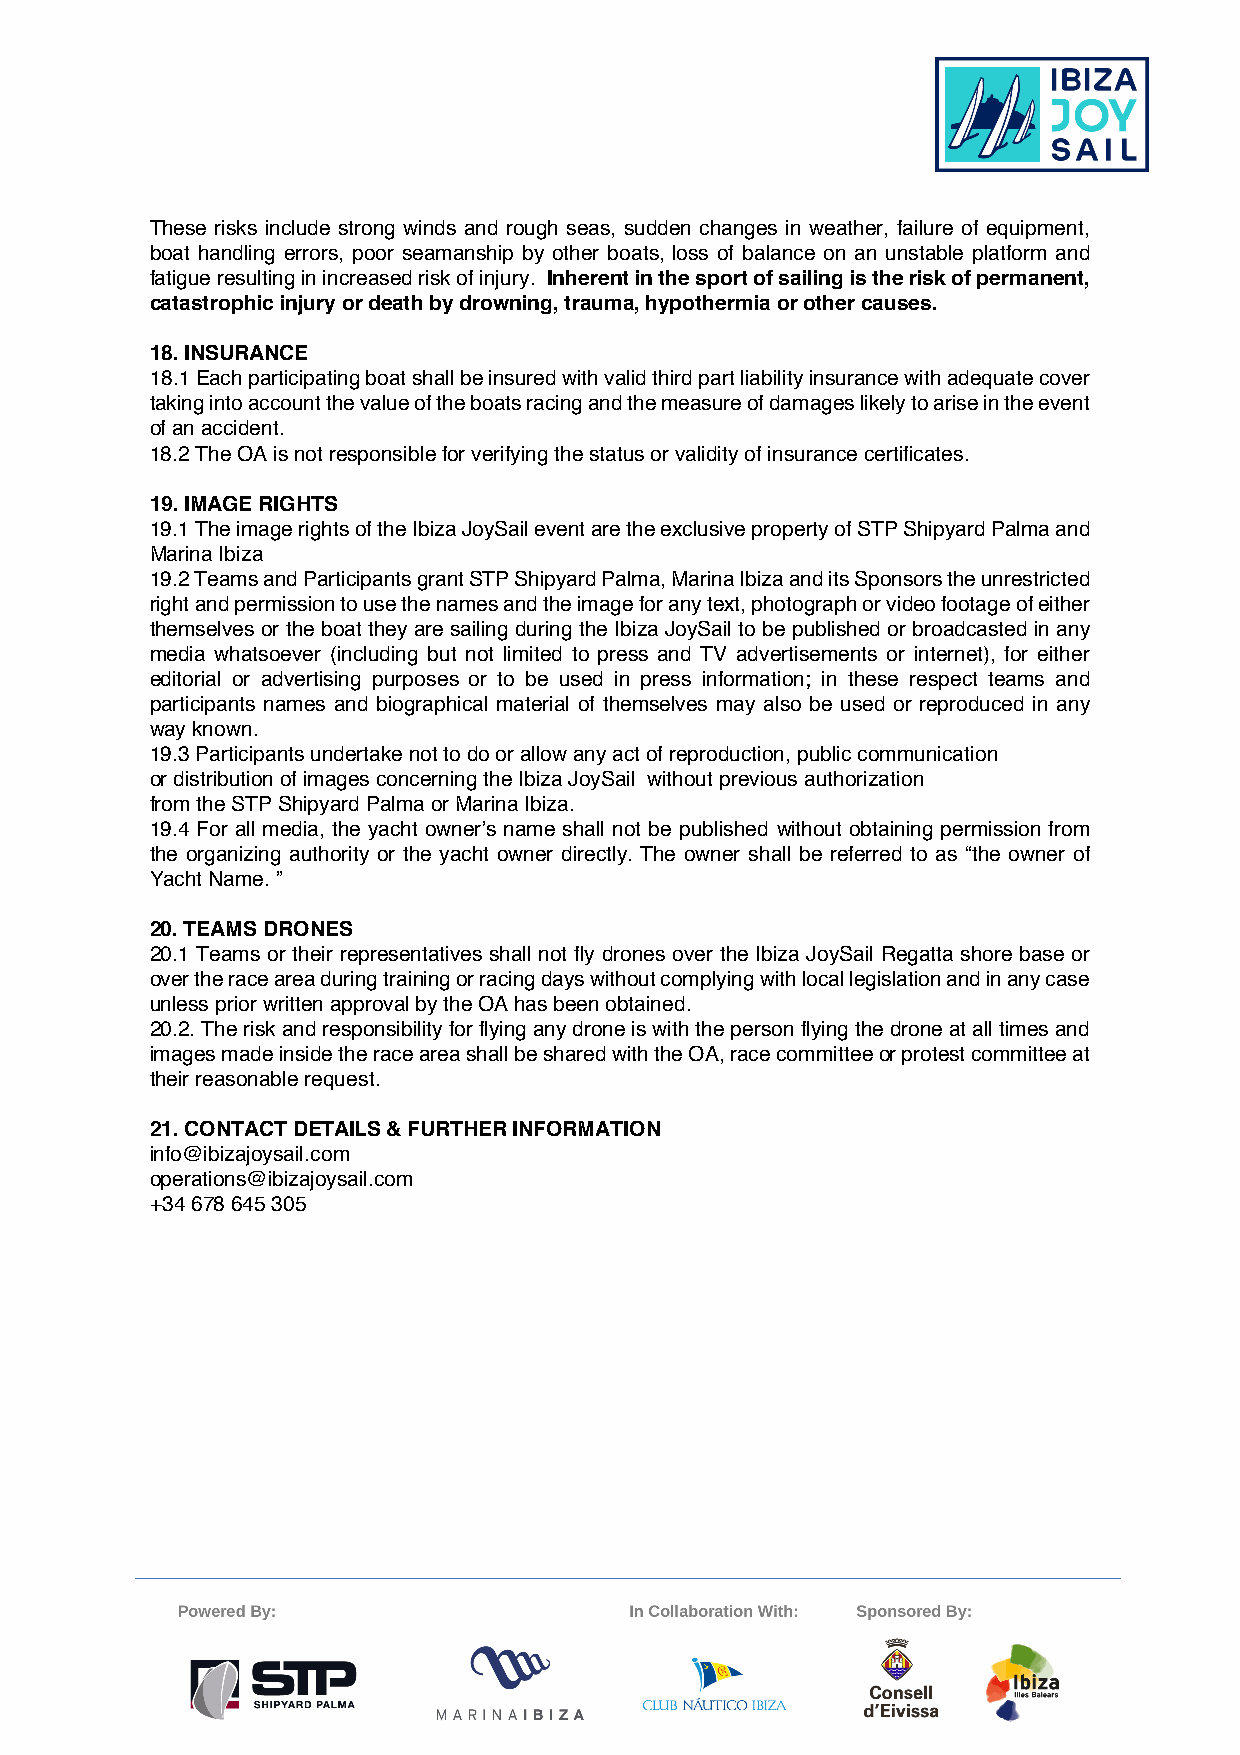
These risks include strong winds and rough seas, sudden changes in weather, failure of equipment,
 boat handling errors, poor seamanship by other boats, loss of balance on an unstable platform and
 fatigue resulting in increased risk of injury. Inherent in the sport of sailing is the risk of permanent,
 catastrophic injury or death by drowning, trauma, hypothermia or other causes.
 18. INSURANCE
 18.1 Each participating boat shall be insured with valid third part liability insurance with adequate cover
 taking into account the value of the boats racing and the measure of damages likely to arise in the event
 of an accident.
 18.2 The OA is not responsible for verifying the status or validity of insurance certificates.
 19. IMAGE RIGHTS
 19.1 The image rights of the Ibiza JoySail event are the exclusive property of STP Shipyard Palma and
 Marina Ibiza
 19.2 Teams and Participants grant STP Shipyard Palma, Marina Ibiza and its Sponsors the unrestricted
 right and permission to use the names and the image for any text, photograph or video footage of either
 themselves or the boat they are sailing during the Ibiza JoySail to be published or broadcasted in any
 media whatsoever (including but not limited to press and TV advertisements or internet), for either
 editorial or advertising purposes or to be used in press information; in these respect teams and
 participants names and biographical material of themselves may also be used or reproduced in any
 way known.
 19.3 Participants undertake not to do or allow any act of reproduction, public communication
 or distribution of images concerning the Ibiza JoySail without previous authorization
 from the STP Shipyard Palma or Marina Ibiza.
 19.4 For all media, the yacht owner’s name shall not be published without obtaining permission from
 the organizing authority or the yacht owner directly. The owner shall be referred to as “the owner of
 Yacht Name. ”
 20. TEAMS DRONES
 20.1 Teams or their representatives shall not fly drones over the Ibiza JoySail Regatta shore base or
 over the race area during training or racing days without complying with local legislation and in any case
 unless prior written approval by the OA has been obtained.
 20.2. The risk and responsibility for flying any drone is with the person flying the drone at all times and
 images made inside the race area shall be shared with the OA, race committee or protest committee at
 their reasonable request.
 21. CONTACT DETAILS & FURTHER INFORMATION
 info@ibizajoysail.com
 operations@ibizajoysail.com
 +34 678 645 305